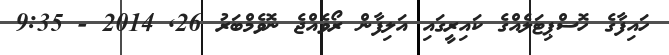
ހައިފާގެ ހޮސްޕިޓަލެއްގެ ކައިރީގައި އަލިފާން ރޯވެއްޖެ ނޮވެމްބަރު 26